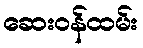
ဆေးဝန်ထမ်း